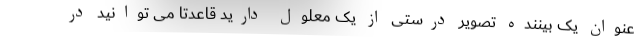
عنوان یک بیننده تصویر درستی از یک معلول دارید قاعدتا می توانید در